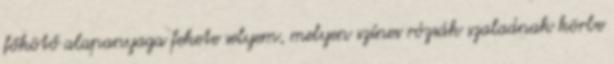
főkötő alapanyaga fekete selyem, melyen színes rózsák szaladnak körbe